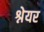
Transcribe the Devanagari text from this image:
श्नेयर